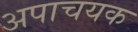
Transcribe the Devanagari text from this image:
अपाचयक